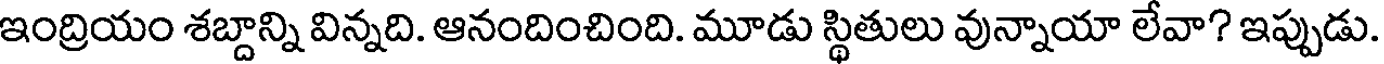
ఇంద్రియం శబ్దాన్ని విన్నది. ఆనందించింది. మూడు స్థితులు వున్నాయా లేవా? ఇప్పుడు.